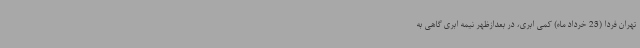
تهران فردا (23 خرداد ماه) کمی ابری، در بعدازظهر نیمه ابری گاهی به